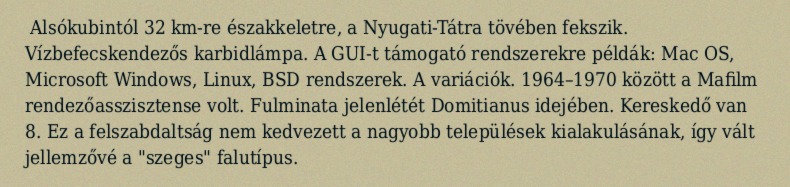
Alsókubintól 32 km-re északkeletre, a Nyugati-Tátra tövében fekszik. Vízbefecskendezős karbidlámpa. A GUI-t támogató rendszerekre példák: Mac OS, Microsoft Windows, Linux, BSD rendszerek. A variációk. 1964–1970 között a Mafilm rendezőasszisztense volt. Fulminata jelenlétét Domitianus idejében. Kereskedő van 8. Ez a felszabdaltság nem kedvezett a nagyobb települések kialakulásának, így vált jellemzővé a "szeges" falutípus.